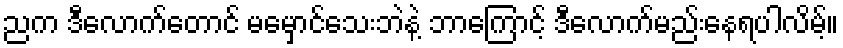
ညက ဒီလောက်တောင် မမှောင်သေးဘဲနဲ့ ဘာကြောင့် ဒီလောက်မည်းနေရပါလိမ့်။